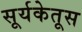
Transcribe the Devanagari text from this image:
सूर्यकेतूस